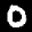
Label: 0